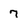
Character: 7